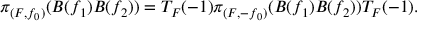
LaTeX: \pi _ { ( F , f _ { 0 } ) } ( B ( f _ { 1 } ) B ( f _ { 2 } ) ) = T _ { F } ( - 1 ) \pi _ { ( F , - f _ { 0 } ) } ( B ( f _ { 1 } ) B ( f _ { 2 } ) ) T _ { F } ( - 1 ) .